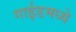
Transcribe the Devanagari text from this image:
गाईडमध्ये